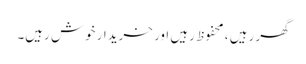
گھر رہیں ، محفوظ رہیں اور خریدار خوش رہیں۔